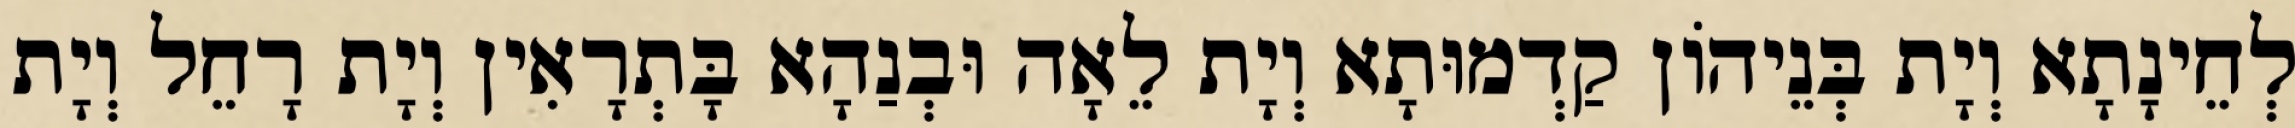
לְחֵינָתָא וְיָת בְּנֵיהוֹן קַדְמוּתָא וְיָת לֵאָה וּבְנַהָא בָּתְרָאִין וְיָת רָחֵל וְיָת